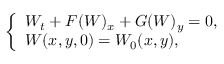
\left\{ \begin{array} { l } { W _ { t } + F ( W ) _ { x } + G ( W ) _ { y } = 0 , } \\ { W ( x , y , 0 ) = W _ { 0 } ( x , y ) , } \end{array} \right.